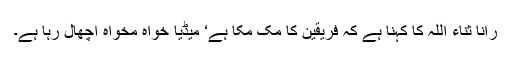
رانا ثناء اللہ کا کہنا ہے کہ فریقین کا مک مکا ہے‘ میڈیا خواہ مخواہ اچھال رہا ہے۔